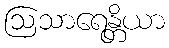
ဩသာရေန္တိယာ